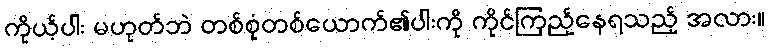
ကိုယ့်ပါး မဟုတ်ဘဲ တစ်စုံတစ်ယောက်၏ပါးကို ကိုင်ကြည့်နေရသည့် အလား။